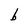
Character: b